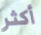
أكثر